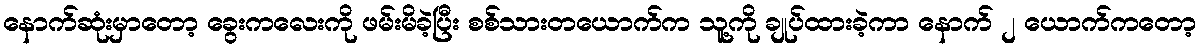
နောက်ဆုံးမှာတော့ ခွေးကလေးကို ဖမ်းမိခဲ့ပြီး စစ်သားတယောက်က သူ့ကို ချုပ်ထားခဲ့ကာ နောက် ၂ ယောက်ကတော့